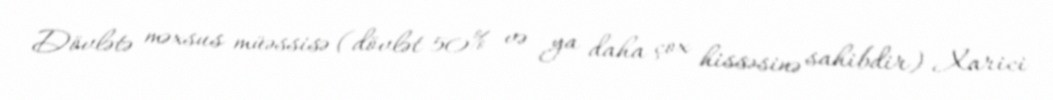
Dövlətə məxsus müəssisə (dövlət 50% və ya daha çox hissəsinə sahibdir) Xarici